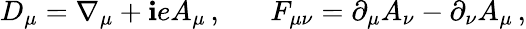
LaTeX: D_{\mu}=\nabla_{\mu}+\mathbf{i}eA_{\mu}\, ,\, \, \, \, \, \, \, \, \, \, F_{\mu\nu}=\partial_{\mu}A_{\nu}-\partial_{\nu}A_{\mu}\, ,